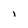
Character: 1